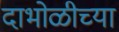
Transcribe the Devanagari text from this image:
दाभोळीच्या